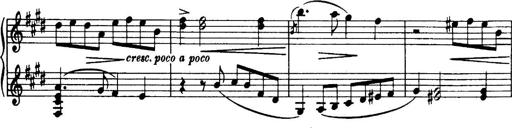
Title: 3 Sonatinas, Op.67
Composer: Jean Sibelius